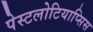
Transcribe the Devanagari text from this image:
पेस्टलोटियाप्सिस